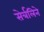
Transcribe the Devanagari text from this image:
सेर्त्रलिने